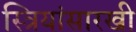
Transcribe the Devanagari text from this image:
स्त्रियांसारखी